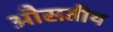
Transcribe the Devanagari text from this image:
औसतीय